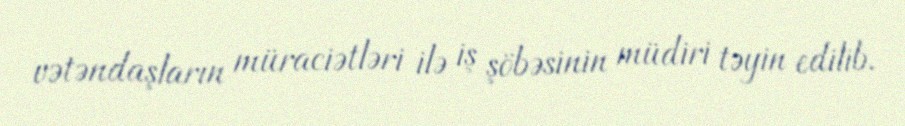
vətəndaşların müraciətləri ilə iş şöbəsinin müdiri təyin edilib.